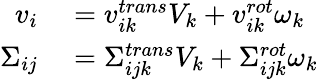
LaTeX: \begin{array}{rl}{v_{i}}&{{}=v_{ik}^{trans}V_{k}+v_{ik}^{rot}\omega_{k}}\\ {\Sigma_{ij}}&{{}=\Sigma_{ijk}^{trans}V_{k}+\Sigma_{ijk}^{rot}\omega_{k}}\end{array}